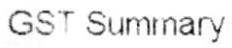
GST SUMMARY